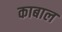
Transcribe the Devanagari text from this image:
काबाल